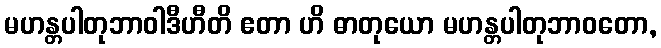
မဟန္တပါတုဘာဝါဒီဟီတိ ဧတာ ဟိ ဓာတုယော မဟန္တပါတုဘာဝတော,